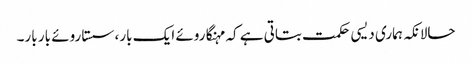
حالانکہ ہماری دیسی حکمت بتاتی ہے کہ مہنگا روئے ایک بار، سستا روئے بار بار۔